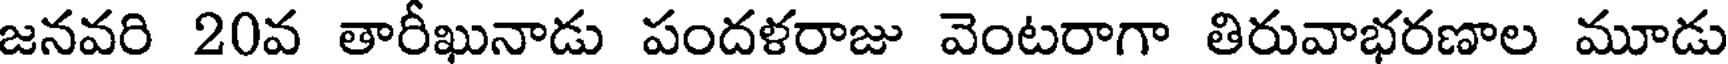
జనవరి 20వ తారీఖునాడు పందళరాజు వెంటరాగా తిరువాభరణాల మూడు